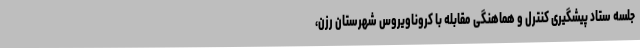
جلسه ستاد پیشگیری کنترل و هماهنگی مقابله با کروناویروس شهرستان رزن،